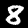
Label: 8